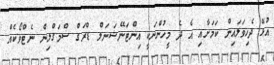
އުޅޭ ދެހިވަލައިން ކަމަށާއި އެ ދެ މީހުންނަކީ އިންޓަނޭޝަނަލް ޑްރަގް ސްމަގްލިން ނެޓްވޯކެއް